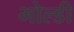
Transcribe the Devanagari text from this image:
भोल्डी